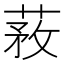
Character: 䓮